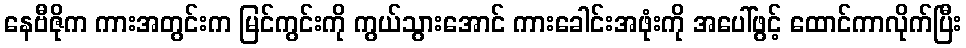
နေဗီဇိုက ကားအတွင်းက မြင်ကွင်းကို ကွယ်သွားအောင် ကားခေါင်းအဖုံးကို အပေါ်ဖွင့် ထောင်ကာလိုက်ပြီး